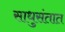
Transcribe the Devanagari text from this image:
साधुसंतात